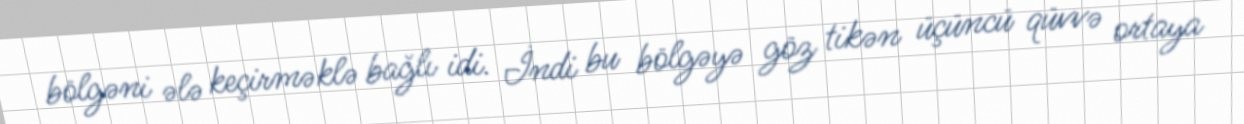
bölgəni ələ keçirməklə bağlı idi. İndi bu bölgəyə göz tikən üçüncü qüvvə ortaya